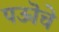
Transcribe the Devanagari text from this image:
पऊॊचे